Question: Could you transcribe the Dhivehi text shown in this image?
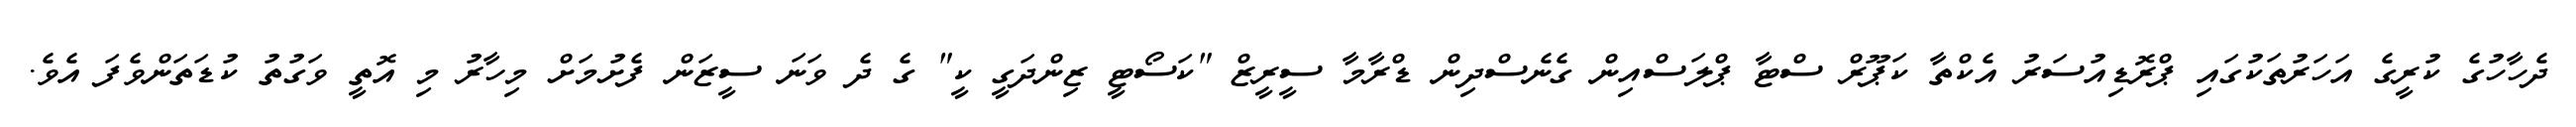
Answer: ދެހާހުގެ ކުރީގެ އަހަރުތަކުގައި ޕްރޮޑިއުސަރު އެކްތާ ކަޕޫރް ސްޓާ ޕްލަސްއިން ގެނެސްދިން ޑްރާމާ ސީރީޒް "ކަސޯޓީ ޒިންދަގީ ކީ" ގެ ދެ ވަނަ ސީޒަން ފެށުމަށް މިހާރު މި އޮތީ ވަގުތު ކުޑަތަންވެފަ އެވެ.